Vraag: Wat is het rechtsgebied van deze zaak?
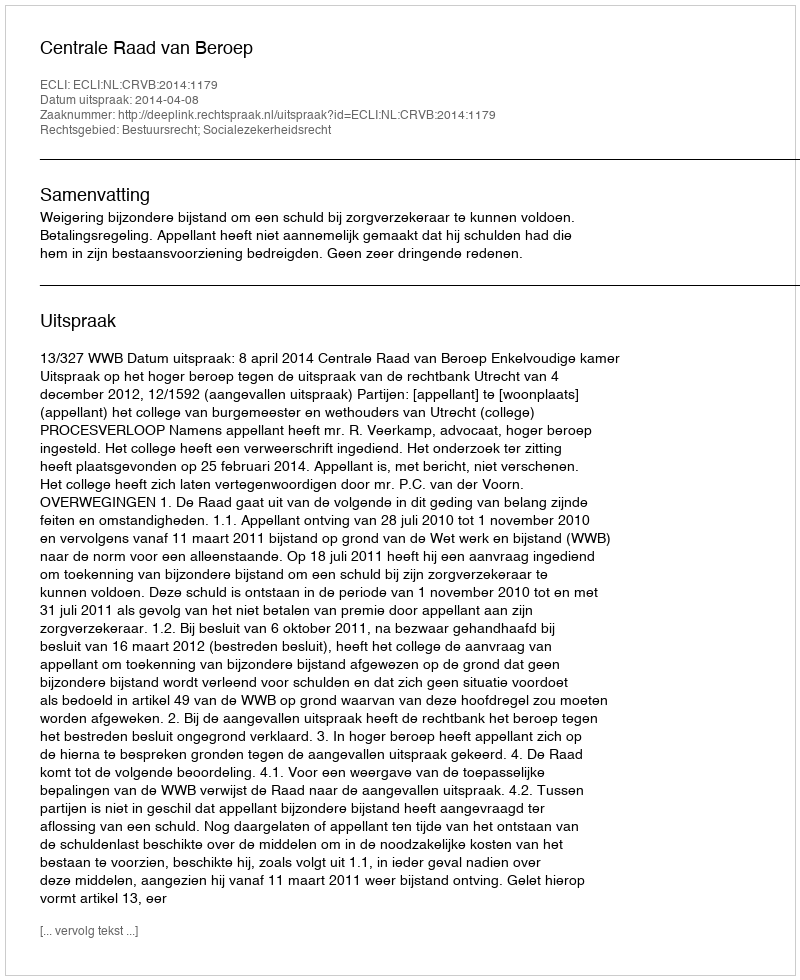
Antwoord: Bestuursrecht; Socialezekerheidsrecht